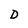
Character: D